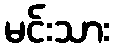
မင်းသား